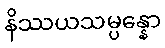
နိဿယသမ္ပန္နော